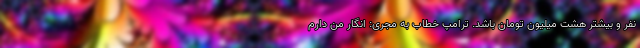
نفر و بیشتر هشت میلیون تومان باشد. ترامپ خطاب به مجری: انگار من دارم